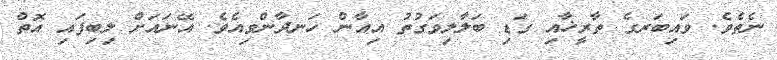
ނެތެވެ. ވައިބަރގެ ތާރީޚާއި ގަޑި ބަލާލިވަގުތު އިއާން ހަނދާންވިއެވެ. އޭނައަށް ލިބިފައި އޮތް